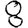
Digit: 8